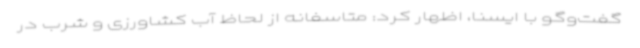
گفت‌وگو با ایسنا، اظهار کرد: متاسفانه از لحاظ آب کشاورزی و شرب در